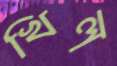
খিল